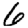
Digit: 6